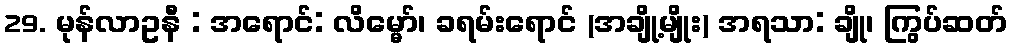
29. မုန်လာဥနီ : အရောင်: လိမ္မော်၊ ခရမ်းရောင် (အချို့မျိုး) အရသာ: ချို၊ ကြွပ်ဆတ်